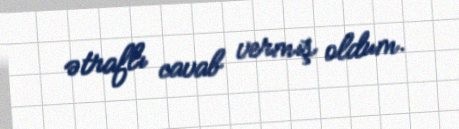
ətraflı cavab vermiş oldum.